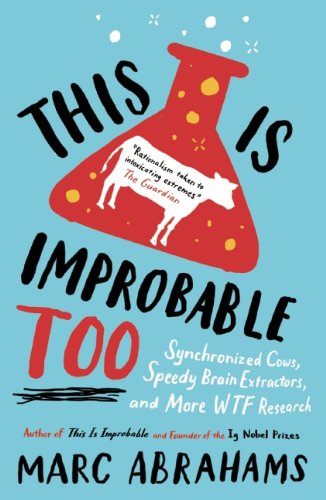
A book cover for This is Improbable Too: Synchronized Cows, Speedy Brain Extractors and More WTF Research; Marc Abrahams; Humor & Entertainment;